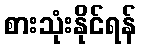
စားသုံးနိုင်ရန်